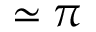
\simeq \pi